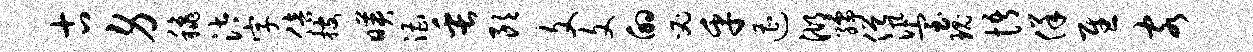
古身秋汰字倍搜映漕缶朗文文的必乎遭湖孺僧汛室瑰悟佯慰客